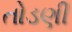
તોડણી